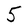
Character: 5